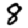
Digit: 8